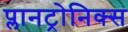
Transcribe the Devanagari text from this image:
प्लानट्रोनिक्स